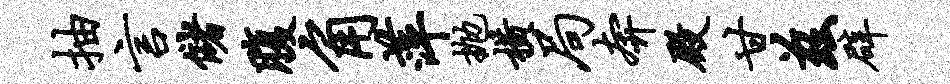
抽言储腹角萍抛横局奔殿甘兹辟